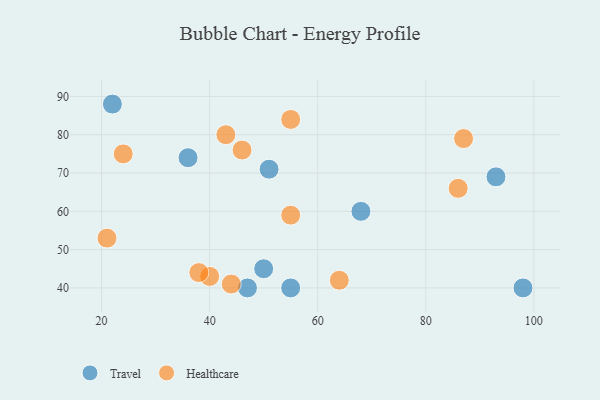
{"axis": {"x": "GDP", "y": "Life Expectancy"}, "legend": ["Healthcare", "Travel"], "data": [{"x": "47", "y": 40, "type": "Travel"}, {"x": "22", "y": 88, "type": "Travel"}, {"x": "36", "y": 74, "type": "Travel"}, {"x": "51", "y": 71, "type": "Travel"}, {"x": "55", "y": 40, "type": "Travel"}, {"x": "93", "y": 69, "type": "Travel"}, {"x": "98", "y": 40, "type": "Travel"}, {"x": "50", "y": 45, "type": "Travel"}, {"x": "68", "y": 60, "type": "Travel"}, {"x": "55", "y": 84, "type": "Healthcare"}, {"x": "21", "y": 53, "type": "Healthcare"}, {"x": "40", "y": 43, "type": "Healthcare"}, {"x": "43", "y": 80, "type": "Healthcare"}, {"x": "46", "y": 76, "type": "Healthcare"}, {"x": "55", "y": 59, "type": "Healthcare"}, {"x": "38", "y": 44, "type": "Healthcare"}, {"x": "44", "y": 41, "type": "Healthcare"}, {"x": "86", "y": 66, "type": "Healthcare"}, {"x": "64", "y": 42, "type": "Healthcare"}, {"x": "24", "y": 75, "type": "Healthcare"}, {"x": "87", "y": 79, "type": "Healthcare"}]}